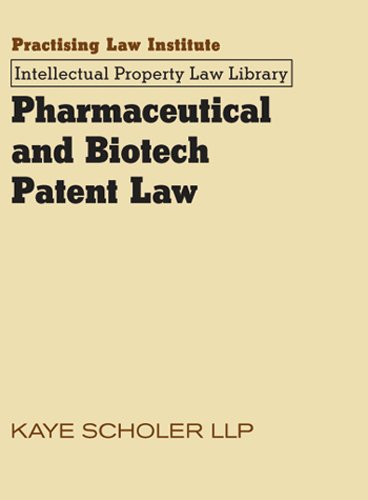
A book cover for Pharmaceutical & Biotech Patent Law (Pharmaceutical and Biotech Patent Law); Kaye Scholer; Medical Books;